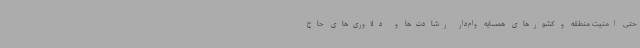
حتی امنیت منطقه و کشورهای همسایه وام‌دار رشادت‌ها و دلاوری‌های حاج